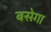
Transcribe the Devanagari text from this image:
बसेगा